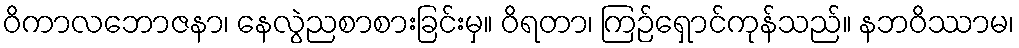
ဝိကာလဘောဇနာ၊ နေလွဲညစာစားခြင်းမှ။ ဝိရတာ၊ ကြဉ်ရှောင်ကုန်သည်။ နဘဝိဿာမ၊